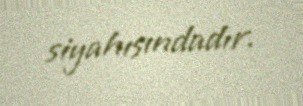
siyahısındadır.